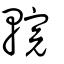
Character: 輐